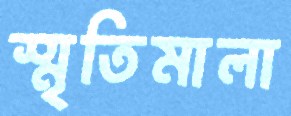
স্মৃতিমালা